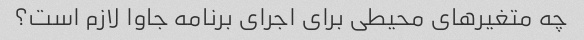
چه متغیرهای محیطی برای اجرای برنامه جاوا لازم است؟